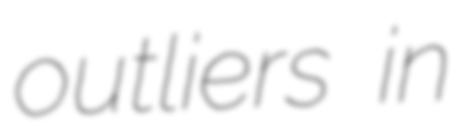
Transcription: outliers in